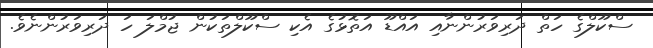
ސްކޫލްގެ ހަތް ދަރިވަރުންނާއި އައްޑޫ އަތޮޅުގެ އެކި ސްކޫލްތަކުން ޖުމްލަ ހަ ދަރިވަރުންނެވެ.